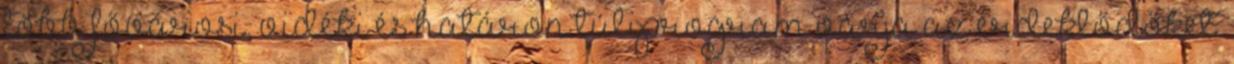
több fővárosi, vidéki és határon túliprogram várja az érdeklődőket.